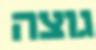
גוצה